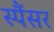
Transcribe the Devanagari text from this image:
स्पैंसर